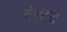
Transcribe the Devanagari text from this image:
वेक्टरा